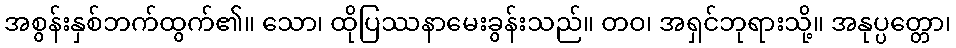
အစွန်းနှစ်ဘက်ထွက်၏။ သော၊ ထိုပြဿနာမေးခွန်းသည်။ တဝ၊ အရှင်ဘုရားသို့။ အနုပ္ပတ္တော၊